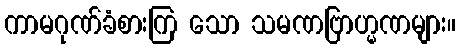
ကာမဂုဏ်ခံစားကြ သော သမဏဗြာဟ္မဏများ။